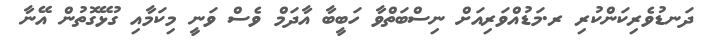
ދަނޑުވެރިކަންކުރި ރ.މަޑުއްވަރިއަށް ނިސްބަތްވާ ހަބީބާ އާދަމް ވެސް ވަނީ މިކަމާއި ގުޅޭގޮތުން އޭނާ